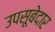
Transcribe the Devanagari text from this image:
उपसूबेदार